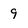
Character: 9